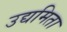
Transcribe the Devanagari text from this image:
उद्यमिता